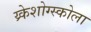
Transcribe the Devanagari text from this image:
य्र्केशोग्स्कोला